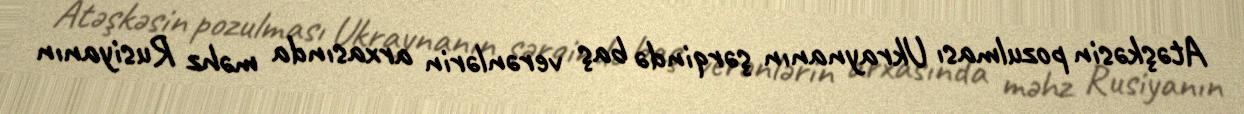
Atəşkəsin pozulması Ukraynanın şərqində baş verənlərin arxasında məhz Rusiyanın